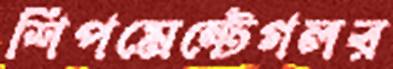
শিপমেন্টেগলর